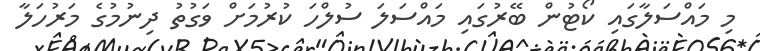
މި މައްސަލާގައި ކޯޓުން ބޭރުގައި މައްސަލަ ސުލްހަ ކުރުމަށް ވަގުތު ދިނުމުގެ މަރުހަލާ